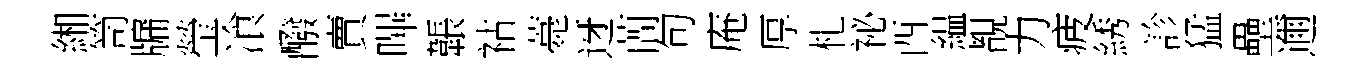
緗笥牖瑩飡醱賣嗶韔祜薧迓蕳句庵厚札祕酉緼覩力疲綉診猛壘邇